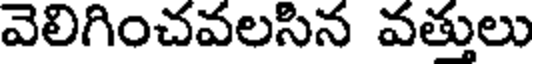
వెలిగించవలసిన వత్తులు